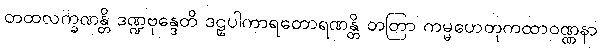
တထလက္ခဏန္တိ ဒဏ္ဍဗုန္ဒေတိ ဒဠှပါကာရတောရဏန္တိ တတြာ ကမ္မဟေတုကထာဝဏ္ဏနာ